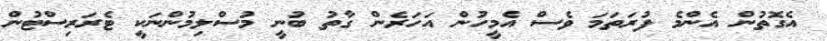
އެގޮތުން އެންމެ ފުރަތަމަ ވެސް އެމީހުން އަހަރެން ގާތު ބުނީ މުސްލިމުންނަކީ ޓެރަރިސްޓުން